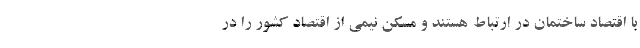
با اقتصاد ساختمان در ارتباط هستند و مسکن نیمی از اقتصاد کشور را در